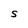
Character: S